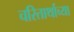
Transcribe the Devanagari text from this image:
चरितार्थाच्या